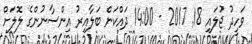
ވަހީދު ޖުލައި 18